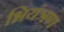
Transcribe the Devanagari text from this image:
भियंत्रण